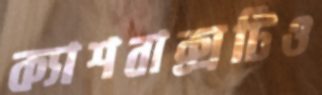
ক্যাশবাক্সটিও